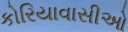
કોરિયાવાસીઓ